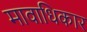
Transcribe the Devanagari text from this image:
मावाधिकार